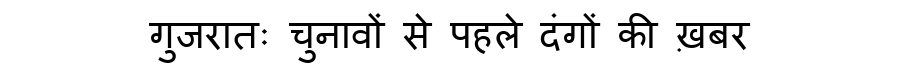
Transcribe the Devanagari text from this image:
गुजरातः चुनावों से पहले दंगों की ख़बर